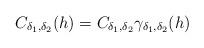
LaTeX: \begin{align*} C_{\delta_1, \delta_2}(h) = C_{\delta_1, \delta_2} \gamma_{\delta_1, \delta_2}(h)\end{align*}